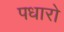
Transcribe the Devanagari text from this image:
पधारो